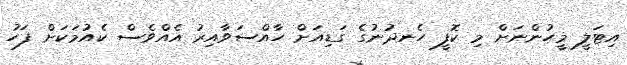
އިޓަލީ މީހުންނަށް މި ކޮފީ ހެނދުނުގެ ގަޑިއަށް ހާއްސަވާއިރު އެއްވެސް ކެއުމަކަށް ފަހު